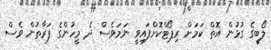
ލޯބީގެ ގުޅުން އޮތް ކަމަށް ރިޕޯޓްކޮށްފައިވީ ނަމަވެސް ދެ މީހުންގެ ފަރާތުން ވެސް